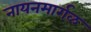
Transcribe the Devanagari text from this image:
नायनमार्गळ